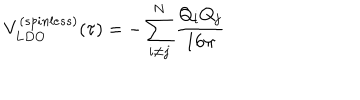
LaTeX: V _ { L D O } ^ { ( s p i n l e s s ) } ( \tau ) = - \sum _ { i \neq j } ^ { N } { \frac { Q _ { i } Q _ { j } } { 1 6 \pi } }